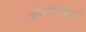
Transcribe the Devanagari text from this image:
होमोरोइड